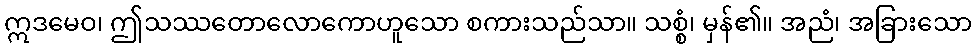
ဣဒမေဝ၊ ဤသဿတောလောကောဟူသော စကားသည်သာ။ သစ္စံ၊ မှန်၏။ အညံ၊ အခြားသော